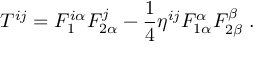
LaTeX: T ^ { i j } = F _ { 1 } ^ { i \alpha } F _ { 2 \alpha } ^ { j } - \frac 1 4 \eta ^ { i j } F _ { 1 \alpha } ^ { \alpha } F _ { 2 \beta } ^ { \beta } \; .